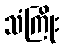
သံကြိုး